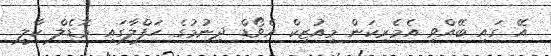
އޭ ގައި ބޭއްވި އެމެރިކަން މިއުޒިކް އެވޯޑް ދިނުމުގެ ހަފްލާގައި މޮޑެލް ކާލީ